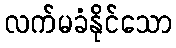
လက်မခံနိုင်သော